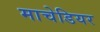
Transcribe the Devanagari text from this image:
माचेडियर